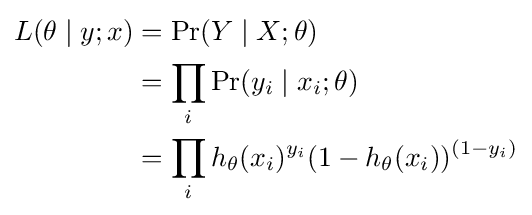
{\begin{aligned}L(\theta \mid y;x)&=\Pr(Y\mid X;\theta )\\&=\prod _{i}\Pr(y_{i}\mid x_{i};\theta )\\&=\prod _{i}h_{\theta }(x_{i})^{y_{i}}(1-h_{\theta }(x_{i}))^{(1-y_{i})}\end{aligned}}